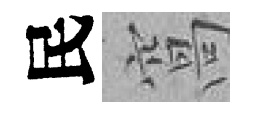
民窩